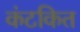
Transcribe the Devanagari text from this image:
कंटकित